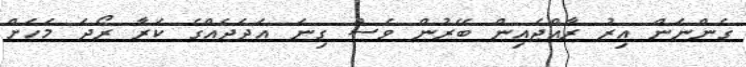
ގެންނަން އިރު ރާއްޖެއިން ބޭރުން ވެސް ގިނަ އަދަދެއްގެ ކަރާ ރޯދަ މަހަށް